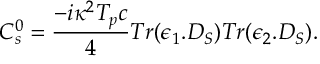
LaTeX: C _ { s } ^ { 0 } = { \frac { - i \kappa ^ { 2 } T _ { p } c } { 4 } } T r ( \epsilon _ { 1 } . D _ { S } ) T r ( \epsilon _ { 2 } . D _ { S } ) .